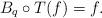
LaTeX: \begin{align*}B_q\circ T(f) = f .\end{align*}